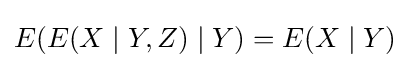
E(E(X\mid Y,Z)\mid Y)=E(X\mid Y)